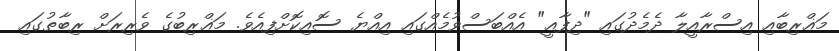
މަޣްރިބާއި އިސްރާއީލާ ދެމެދުގައި "ދިފާޢީ" އެއްބަސްވުމެއްގައި އިއްޔެ ސޮއިކޮށްފިއެވެ. މަޣްރިބުގެ ވެރިރަށް ރިބާޠުގައި